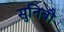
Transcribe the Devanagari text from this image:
सुनिबौ